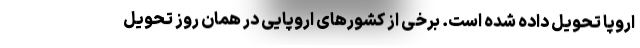
اروپا تحویل داده شده است. برخی از کشورهای اروپایی در همان روز تحویل